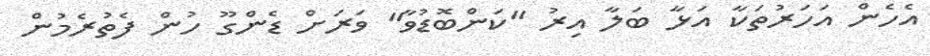
އެހެން އަހަރުތަކާ އަޅާ ބަލާ އިރު "ކަންބޮޑުވާ" ވަރަށް ޑެންގޫ ހުން ފެތުރެމުން